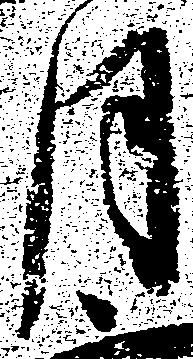
月